Scottish Leaving Certificate Examination, 1959
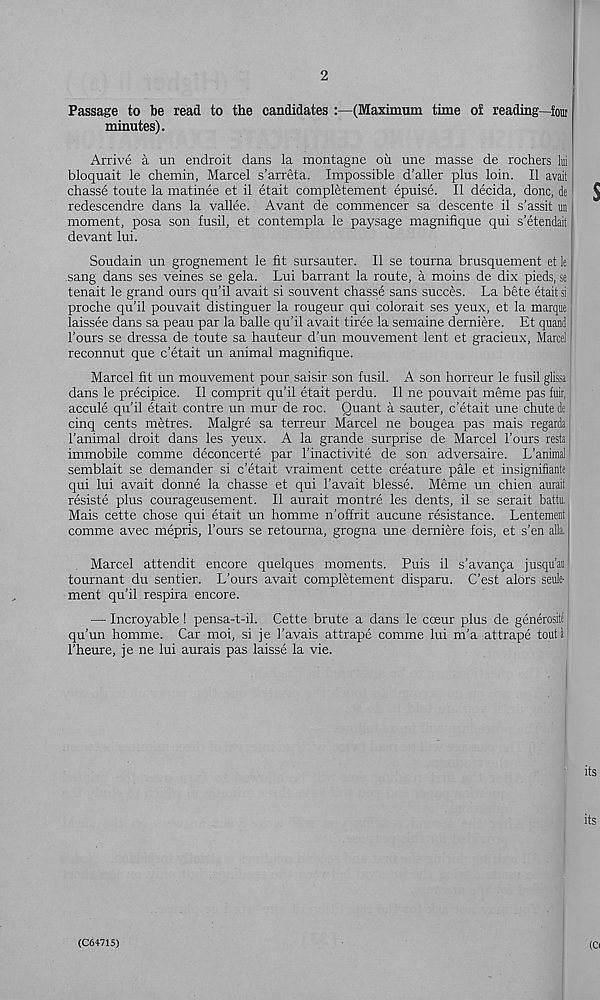
2
Passage to be read to the candidates :—(Maximum time of reading—four
minutes).
Arrive a un endroit dans la montagne on une masse de rochers hi
bloquait le chemin, Marcel s’arreta. Impossible d’aller plus loin. II avail
chasse toute la matinee et il etait completement epuise. II decida, done, de
redescendre dans la vallee. Avant de commencer sa descente il s’assit un
moment, posa son fusil, et contempla le paysage magnifique qui s’etendait
devant lui.
Soudain un grognement le fit sursauter. Il se tourna brusquement et le
sang dans ses veines se gela. Lui barrant la route, a moins de dix pieds, se
tenait le grand ours qu’il avait si souvent chasse sans succes. La bete etait si
proche qu'il pouvait distinguer la rougeur qui colorait ses yeux, et la marque
laissee dans sa peau par la balle qu'il avait tiree la semaine derniere. Et quand
Tours se dressa de toute sa hauteur d’un mouvement lent et gracieux, Marcel
reconnut que e’etait un animal magnifique.
Marcel fit un mouvement pour saisir son fusil. A son horreur le fusil glissa
dans le precipice. Il comprit qu’il etait perdu. Il ne pouvait meme pas fuir,
accule qu’il etait centre un mur de roc. Quant a sauter, e’etait une chute de
cinq cents metres. Malgre sa terreur Marcel ne bougea pas mais regards
Tanimal droit dans les yeux. A la grande surprise de Marcel Tours resta
immobile comme deconcerte par Tinactivite de son adversaire. L’animal
semblait se demander si e’etait vraiment cette creature pale et insignifiante
qui lui avait donne la chasse et qui T avait blesse. Meme un chien aurait
resiste plus courageusement. Il aurait montre les dents, il se serait battu,
Mais cette chose qui etait un homme n’offrit aucune resistance. Lentement
comme avec mepris, Tours se retourna, grogna une derniere fois, et s’en alia.
Marcel attendit encore quelques moments. Puis il s’avanqa jusqu’au
tournant du sentier. L’ours avait completement disparu. C’est alors seule-
ment qu’il respira encore.
— Incroyable ! pensa-t-il. Cette brute a dans le cceur plus de generosite |
qu’un homme. Car moi, si je Tavais attrape comme lui m’a attrape tout a
Theure, je ne lui aurais pas laisse la vie.
(C6471S)